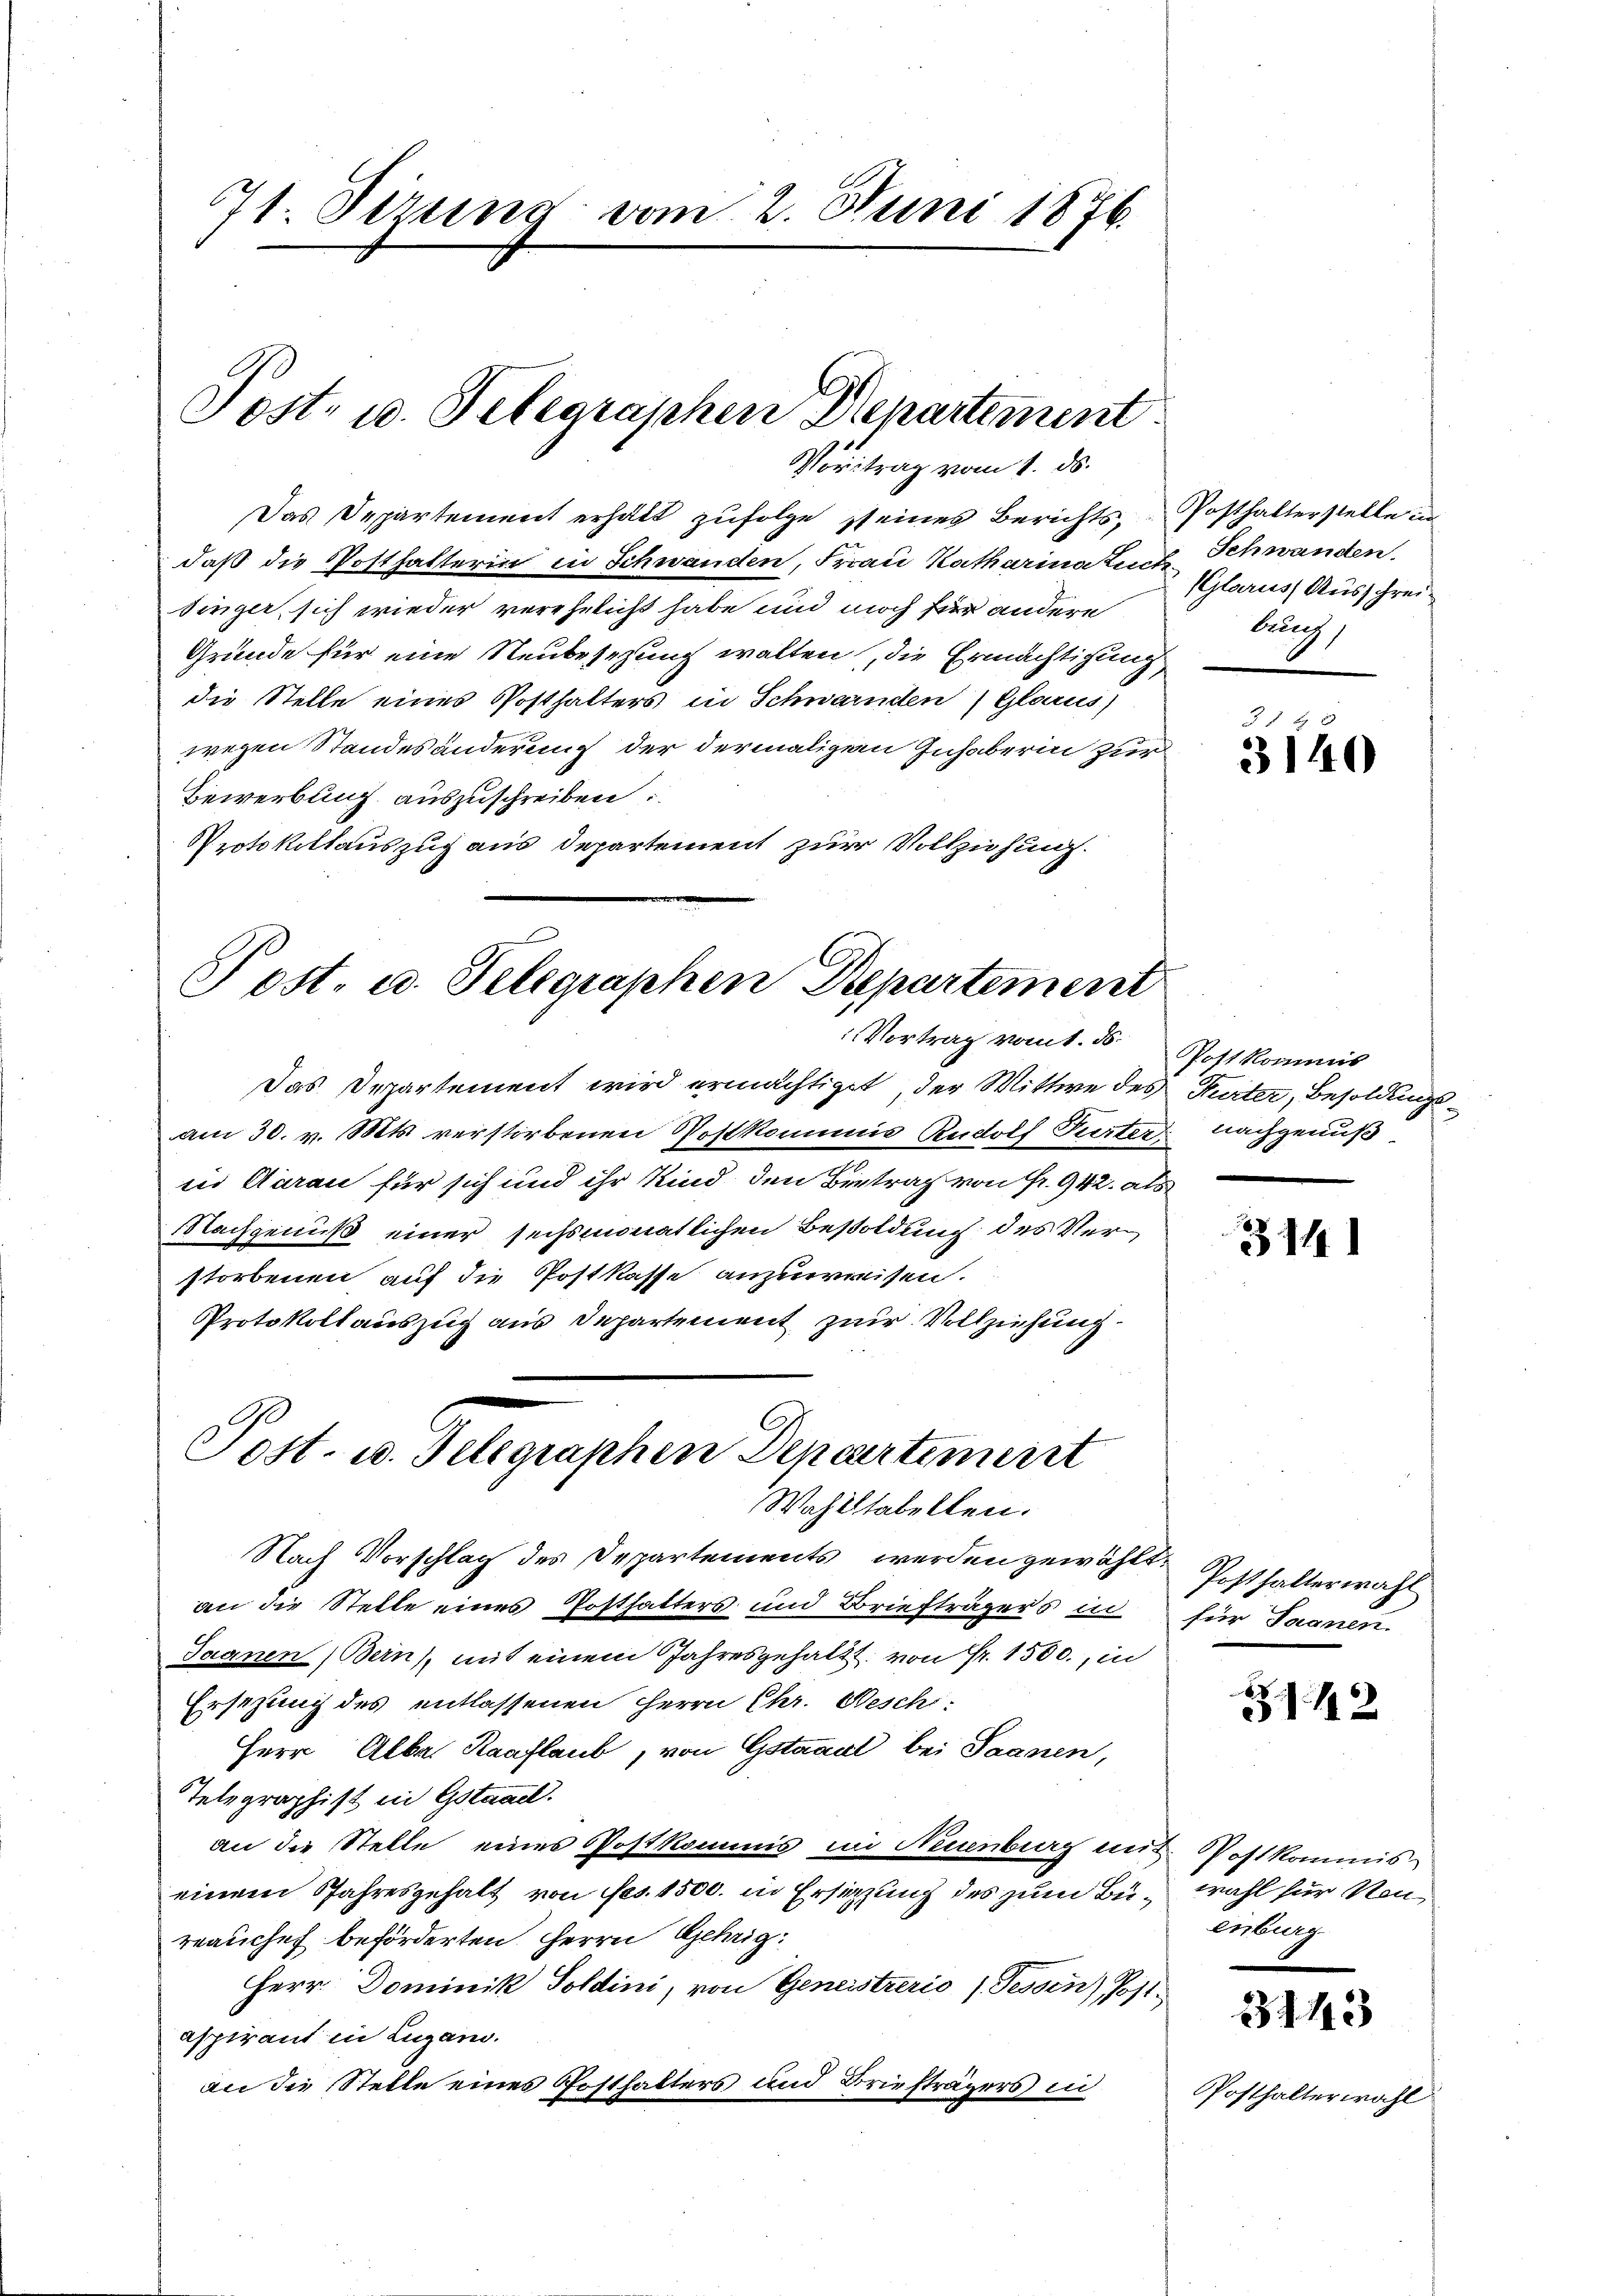
71 Sirung vom 2. Juni 1876.

Sost- u. Telegraphen Departement
Vortrag vom 1. ds.

Das Departement erhält zufolge seines Berichts, Posthalterstelle in
daß die Posthalterin in Schwanden, Frau Katharina tut Schwanden.
singer sich wieder verehelicht habe und noch für andere
Gründe für eine Neubesezung walten, die Ermächtigung,
die Stelle eines Posthalters in Schwernden) Glarus)
wegen Standesänderung der dermaligem Inhaberin zur
Bewerbung auszuschreiben:
Protokollauszug aus Departement zur Vollziehung.

Post- u. Telegraphen Repartement
Vortrag vom 1. ds.

Post. u. Telegraphen Departement
Wahlstabellen.

Das Departement wird ermächtiget, der Wittwe des Furter, Besoldungsam 30. v. Mts. verstorbenen Postkommis Rudolf Turter nachgenuß
ii Aarau für sich und ihr Kind den Bertrag von Fr. 942. als
Nachgenuß einer sechsmonatlichen Besoldung des Verstorbenen auf die Postkasse anzuweisen.
Protokollauszug aus Departement zur Vollziehung.
Nach Vorschlag des Departements werden gewählt.
an die Stelle eines Posthalters und Briefträgers in
Jaanen Bern, mit einem Jahresgehalt von Fr. 1500., in
Ersezung des entlassenen Herrn Chr. Neschi
Herr Alber Raaflaub, von Gstaaal bei Saanen,
Telegraphist in Gstaael.
an die Stelle eines Postkommis in Neuenburg und Postkommiseinem Jahresgehalt von Fes. 1500. in Ersitzung des zum Bü- wahl für Neurrauchef beförderten Herrn Gehrig
Herr Dominik Soldini, von Geneistrerio (Tessin Post-
aspirant in Lugano.
an die Stelle eines Posthalters und Briefträgers in

GGlarus Ausschreibung,

Post kommis

Posthalterwahl
für Saanen.

enburg

31
3140

314

21.12

3143

Posthaltertrag